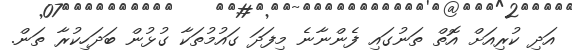
އަދި ކުރިއަށް އޮތް ތަނުގައި ފެންނާނެ މިފަދަ ގައުމުތަކާ ގުޅުން ބަދަހިކުރާ ތަން.